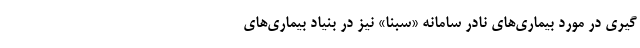
گیری در مورد بیماری‌های نادر سامانه «سبنا» نیز در بنیاد بیماری‌های